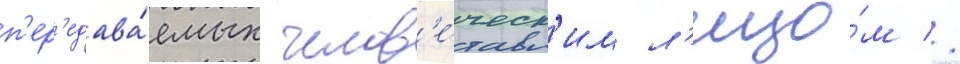
п'ер'едава́емых челов'е́ческ'им л'ицо́м //